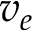
v _ { e }